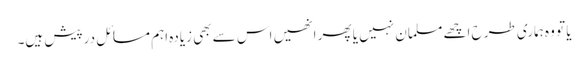
یا تو وہ ہماری طرح اچھے مسلمان نہیں یا پھر انھیں اس سے بھی زیادہ اہم مسائل درپیش ہیں۔